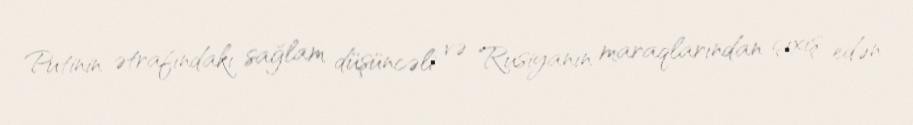
Putinin ətrafındakı sağlam düşüncəli və Rusiyanın maraqlarından çıxış edən